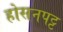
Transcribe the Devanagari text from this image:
होसनपट्ट